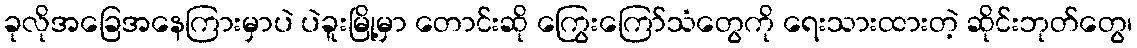
ခုလိုအခြေအနေကြားမှာပဲ ပဲခူးမြို့မှာ တောင်းဆို ကြွေးကြော်သံတွေကို ရေးသားထားတဲ့ ဆိုင်းဘုတ်တွေ၊